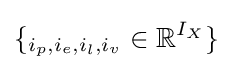
\{{\mathbb {d} }_{i_{p},i_{e},i_{l},i_{v}}\in {\mathbb {R} }^{I_{X}}\}